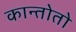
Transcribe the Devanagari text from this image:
कान्तोतो